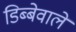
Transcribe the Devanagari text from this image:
डिब्बेवाले